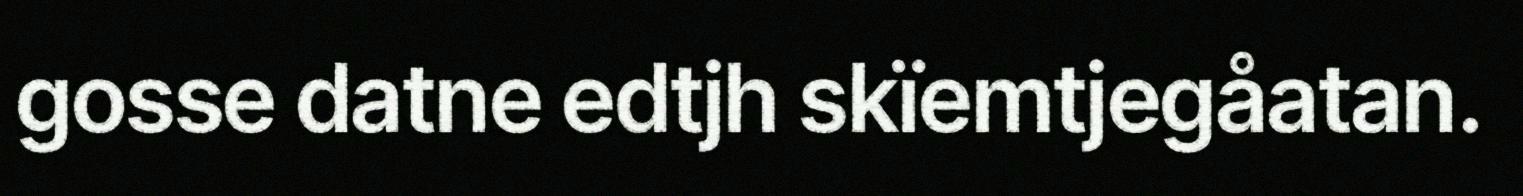
gosse datne edtjh skïemtjegåatan.